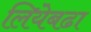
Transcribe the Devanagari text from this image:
लियेबढा